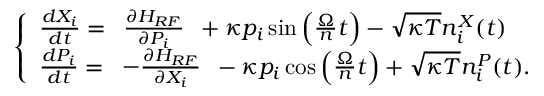
\begin{array} { r } { \left\{ \begin{array} { l } { \frac { d X _ { i } } { d t } = \begin{array} { c } { \frac { \partial H _ { R F } } { \partial P _ { i } } } \end{array} + \kappa p _ { i } \sin \Big ( \frac { \Omega } { n } t \Big ) - \sqrt { \kappa T } n _ { i } ^ { X } ( t ) } \\ { \frac { d P _ { i } } { d t } = \begin{array} { c } { - \frac { \partial H _ { R F } } { \partial X _ { i } } } \end{array} - \kappa p _ { i } \cos \Big ( \frac { \Omega } { n } t \Big ) + \sqrt { \kappa T } n _ { i } ^ { P } ( t ) . } \end{array} \right. } \end{array}